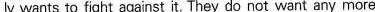
ly wants to fight against it. They do not want any more